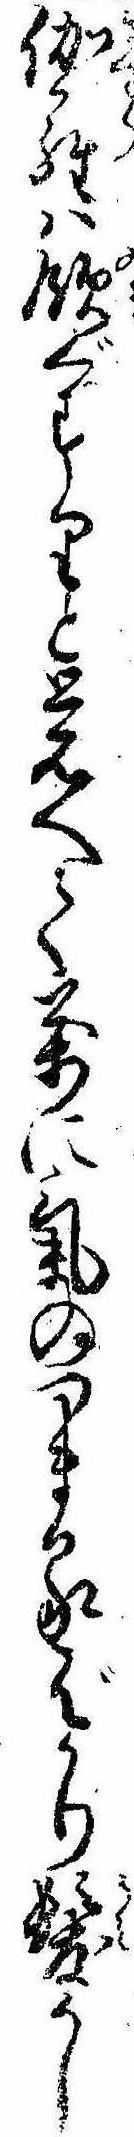
伽羅は飲ぐすりと覚へて万に気のつまるばかり髪かし